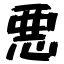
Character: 悪